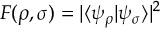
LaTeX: F ( \rho , \sigma ) = | \langle \psi _ { \rho } | \psi _ { \sigma } \rangle | ^ { 2 }